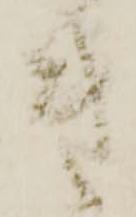
き